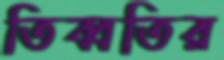
তিব্বতির